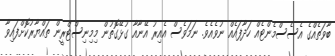
ބާވަތެއްގެ އެސެސްމެންޓެއް ހަދާފައެއް ނުވެއެވެ. ނަމަވެސް އެއިރު އޭނާއާ ގުޅޭގޮތުން މިމިނިސްޓްރީން ތައްޔާރުކޮށްފައިވާ